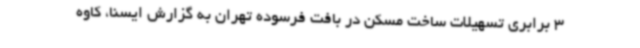
3 برابری تسهیلات ساخت مسکن در بافت فرسوده تهران به گزارش ایسنا، کاوه